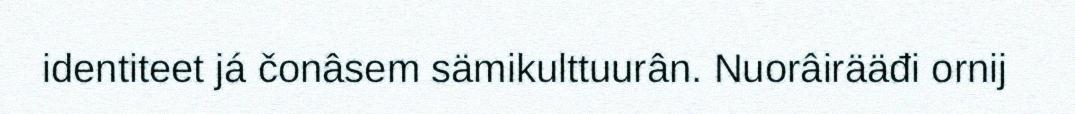
identiteet já čonâsem sämikulttuurân. Nuorâirääđi ornij